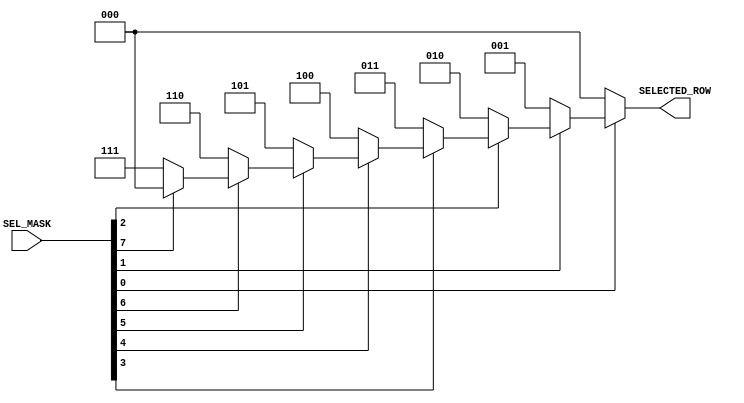
(* priority_extract = "force" *)
module MatrixEncoder (
    input [7:0] SEL_MASK,
    output reg [2:0] SELECTED_ROW
);

    always @ (SEL_MASK or SELECTED_ROW)
        if(!SEL_MASK[0])
            SELECTED_ROW = 3'h0;
        else if(!SEL_MASK[1])
            SELECTED_ROW = 3'h1;
        else if(!SEL_MASK[2])
            SELECTED_ROW = 3'h2;
        else if(!SEL_MASK[3])
            SELECTED_ROW = 3'h3;
        else if(!SEL_MASK[4])
            SELECTED_ROW = 3'h4;
        else if(!SEL_MASK[5])
            SELECTED_ROW = 3'h5;
        else if(!SEL_MASK[6])
            SELECTED_ROW = 3'h6;
        else if(!SEL_MASK[7])
            SELECTED_ROW = 3'h7;
        else
            SELECTED_ROW = 3'h0;
endmodule